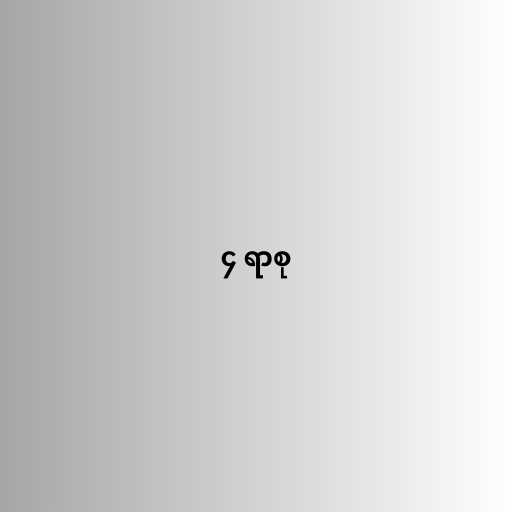
၄ ရာစု